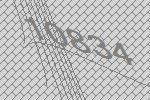
10834